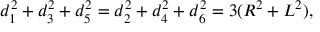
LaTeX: d _ { 1 } ^ { 2 } + d _ { 3 } ^ { 2 } + d _ { 5 } ^ { 2 } = d _ { 2 } ^ { 2 } + d _ { 4 } ^ { 2 } + d _ { 6 } ^ { 2 } = 3 ( R ^ { 2 } + L ^ { 2 } ) ,